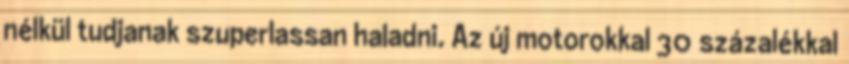
nélkül tudjanak szuperlassan haladni. Az új motorokkal 30 százalékkal